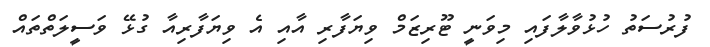
ފުރުސަތު ހުޅުވާލާފައި މިވަނީ ޓޫރިޒަމް ވިޔަފާރި އާއި އެ ވިޔަފާރިއާ ގުޅޭ ވަސީލަތްތައް